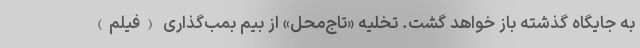
به جایگاه گذشته باز خواهد گشت. تخلیه «تاج‌محل» از بیم بمب‌گذاری (فیلم)